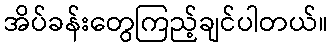
အိပ်ခန်းတွေကြည့်ချင်ပါတယ်။